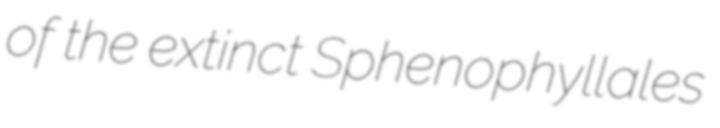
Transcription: of the extinct Sphenophyllales